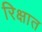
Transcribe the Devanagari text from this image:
रिक्षात